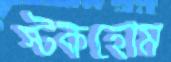
স্টকহোম